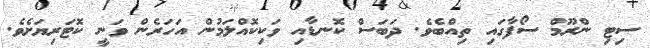
ސިޓި ންރޫމް ސޯފާގައި ތިއްބެވެ. ދަބަސް ކޮނޑާއި ވަކިކޮއްލަމުން އަހަރެން ވަނީ ކޮޓަރިޔަށެވެ.